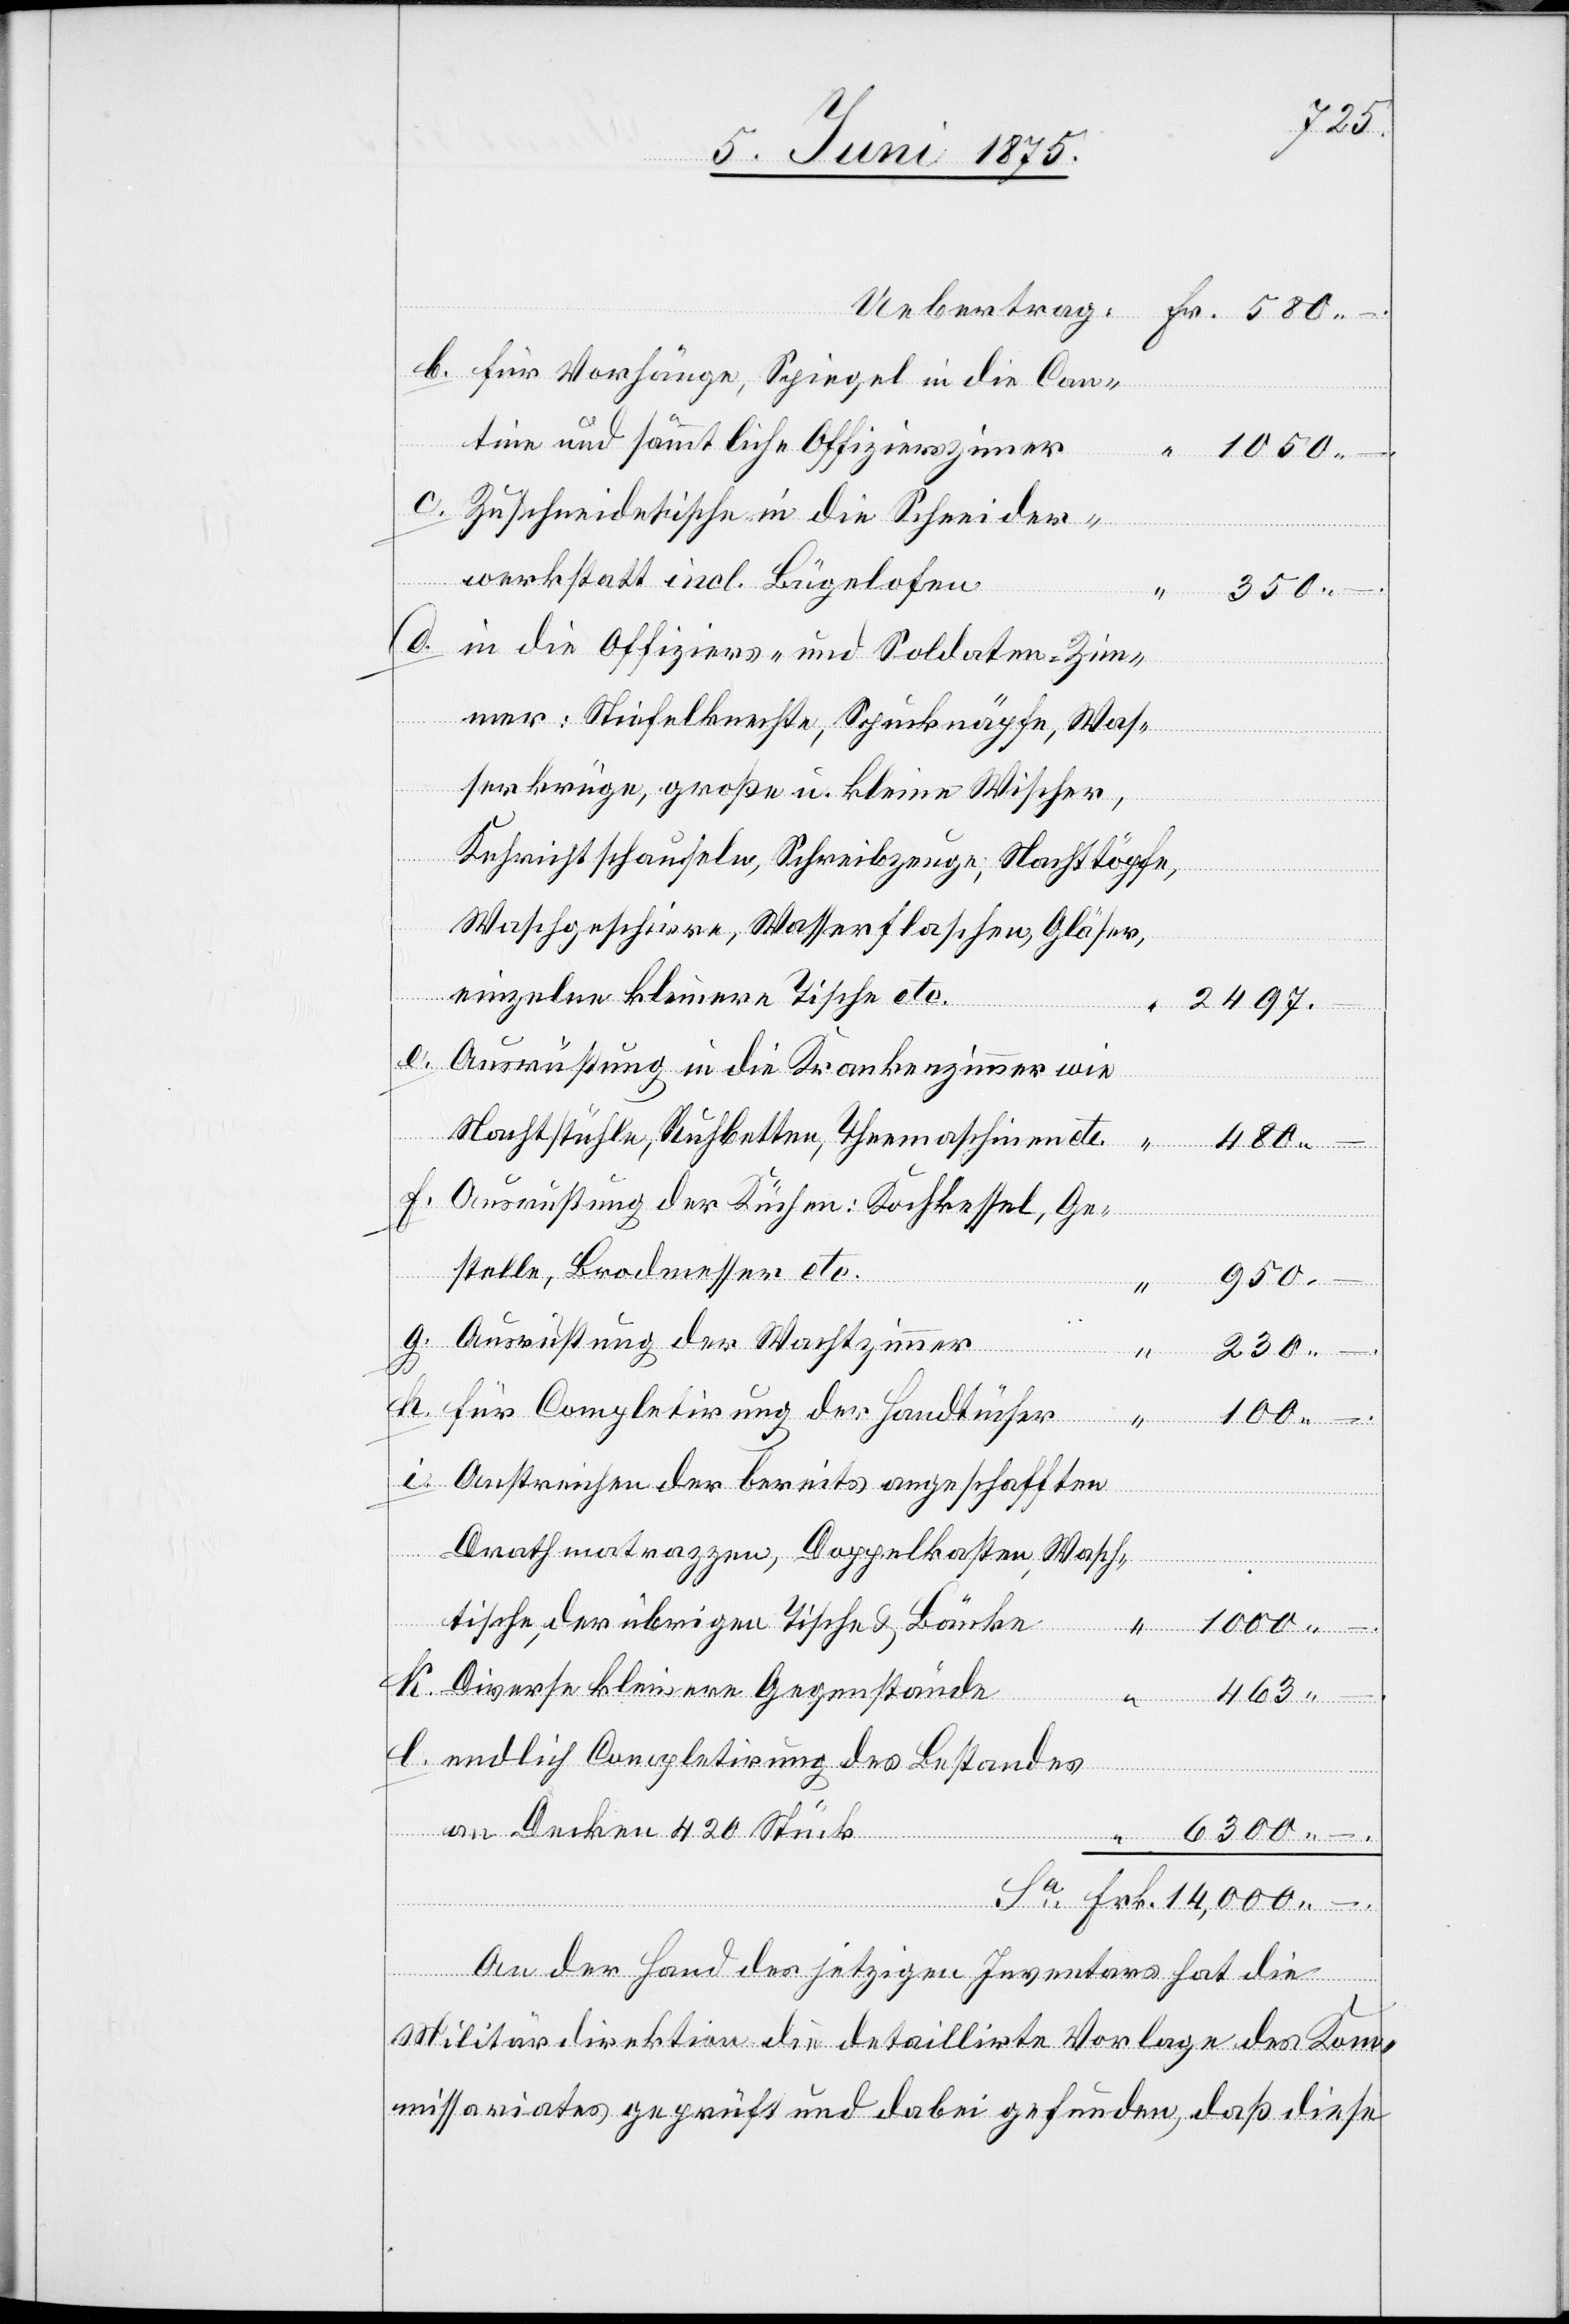
Uebertrag:
für Vorhänge, Spiegel in die Can¬
tine und sämmtliche Offizierszim[m]er
Zuschneidtische in die Schneider¬
werkstatt incl. Bügelofen
350 –.
480
in die Offiziers- und Soldaten-Zim¬
mer: Stiefelknechte, Spucknäpfe, Was¬
serkrüge, große u. kleine Wischer,
Kehrichtschaufeln, Schreibzeuge, Nachttöpfe,
Waschgeschirre, Wasserflaschen, Gläser
einzelne kleinere Tische etc.
2497
–.
Ausrüstung in die Krankenzimmer wie
Nachtstühle, Ruhbetten, Theemaschinen etc.
Ausrüstung der Küchen: Kochkessel, Ge¬
stelle, Brodmesser etc.
Frk.
950
Ausrüstung der Wachtzimmer
“
230
Sa
h.
für Completirung der Handtücher
“
100 –.
Anstreichen der bereits angeschafften
Drahtmatrazzen, Doppelkasten, Wasch¬
tische, der übrigen Tische und Bänke
14,000 –.
Diverse kleinere Gegenstände
463
endlich Completirung des Bestandes
an Decken 420 Stück
6300 –.
An der Hand des jetzigen Inventars hat die
Militärdirektion die detaillirte Vorlage des Kom¬
missariates geprüft und dabei gefunden, daß diese